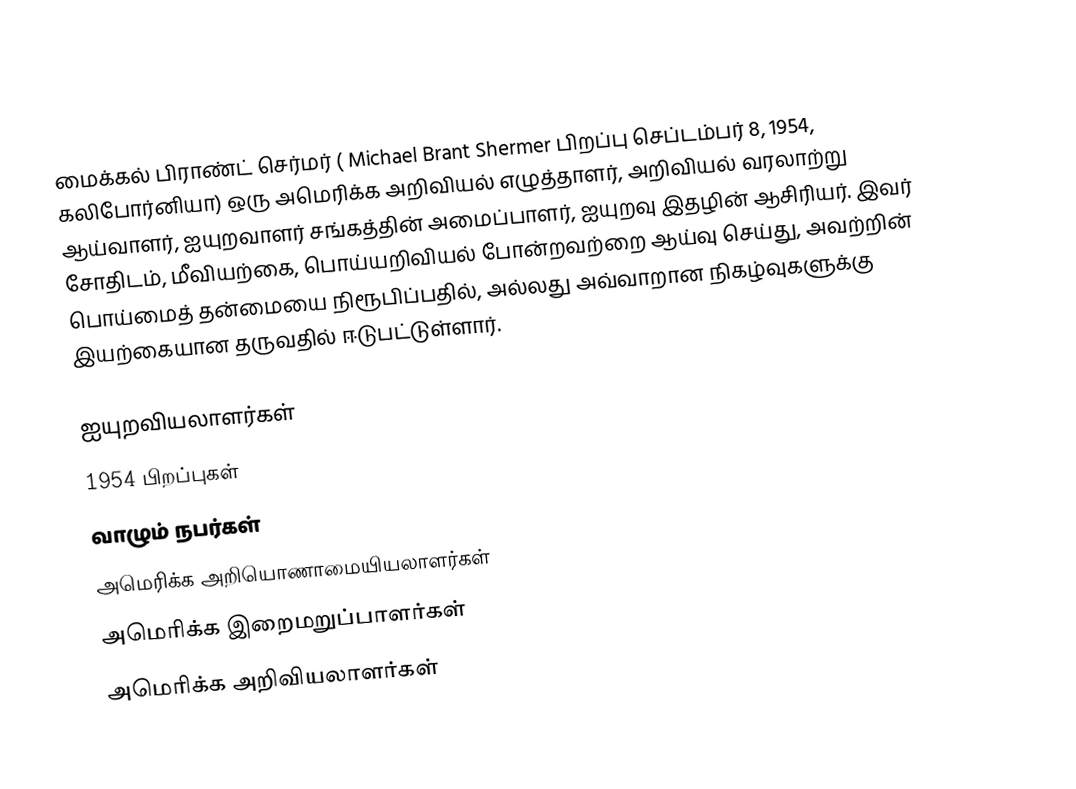
மைக்கல் பிராண்ட் செர்மர் ( Michael Brant Shermer பிறப்பு செப்டம்பர் 8, 1954, கலிபோர்னியா) ஒரு அமெரிக்க அறிவியல் எழுத்தாளர், அறிவியல் வரலாற்று ஆய்வாளர், ஐயுறவாளர் சங்கத்தின் அமைப்பாளர், ஐயுறவு  இதழின் ஆசிரியர்.  இவர் சோதிடம், மீவியற்கை, பொய்யறிவியல் போன்றவற்றை ஆய்வு செய்து, அவற்றின் பொய்மைத் தன்மையை நிரூபிப்பதில், அல்லது அவ்வாறான நிகழ்வுகளுக்கு இயற்கையான தருவதில் ஈடுபட்டுள்ளார்.

ஐயுறவியலாளர்கள்
1954 பிறப்புகள்
வாழும் நபர்கள்
அமெரிக்க அறியொணாமையியலாளர்கள்
அமெரிக்க இறைமறுப்பாளர்கள்
அமெரிக்க அறிவியலாளர்கள்